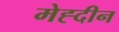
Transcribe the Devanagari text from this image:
मेह्दीन